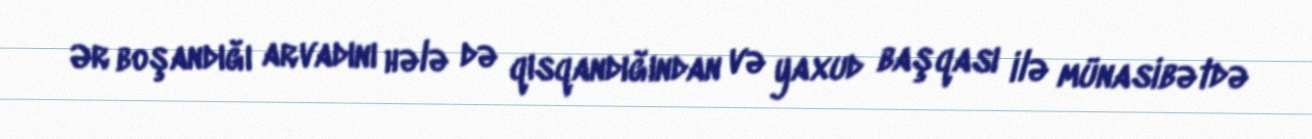
Ər boşandığı arvadını hələ də qısqandığından və yaxud başqası ilə münasibətdə